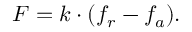
F = k \cdot ( f _ { r } - f _ { a } ) .